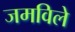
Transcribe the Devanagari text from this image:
जमविले